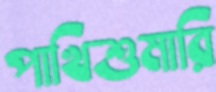
পাখিশুমারি